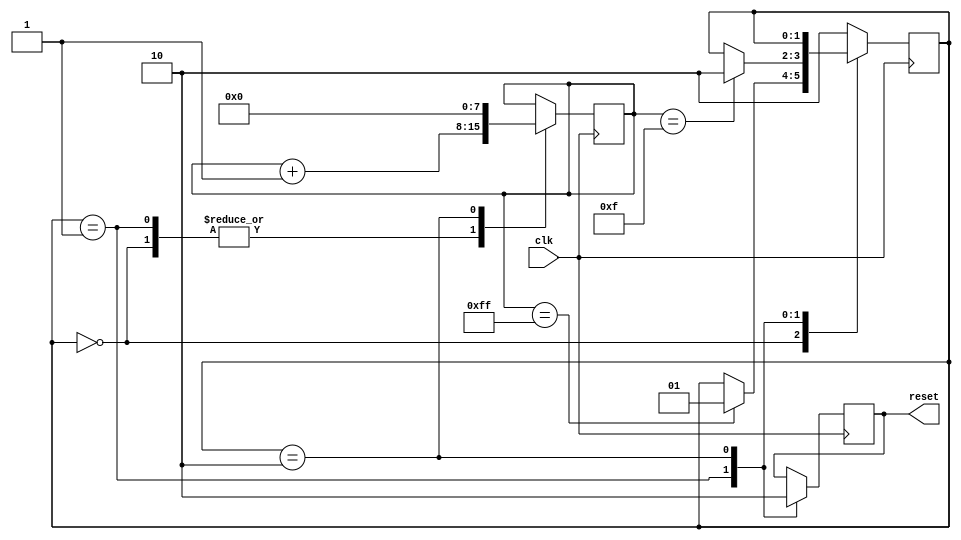
`timescale 1 ns / 100 ps

module reset_module
(
    input  clk,
    output reset
);
    parameter [1:0] S_START = 0,
                    S_RESET = 1,
                    S_IDLE  = 2;
                            
    reg [1:0] current_state = 2'd0;
    
    reg [7:0] counter = 8'd0;
    reg reset_flag = 1'b0;
    
    always@(posedge clk) begin
        case (current_state)
            S_START: begin
                counter <= counter + 1'b1;
                
                if (counter == 8'hFF)
                    current_state <= S_RESET;
            end 
            S_RESET: begin
                counter <= counter + 1'b1;
                reset_flag <= 1'b1;
                
                if (counter == 8'h0F)
                begin
                    current_state <= S_IDLE;
                end 
            end 
            S_IDLE: begin
                reset_flag <= 1'b0;
                counter <= 8'd0;
            end 
            default: current_state <= S_IDLE;   
        endcase
    end
    
    assign reset = reset_flag; 
    
endmodule